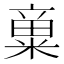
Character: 𱹓